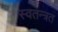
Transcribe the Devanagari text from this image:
स्वतन्त्रत